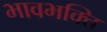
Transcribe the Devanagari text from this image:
भावभक्ति